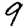
Digit: 9